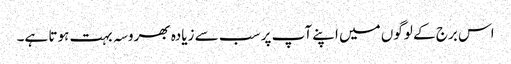
اس برج کے لوگوں میں اپنے آپ پر سب سے زیادہ بھروسہ بہت ہوتا ہے۔